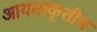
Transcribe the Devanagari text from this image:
आयताकृतीच